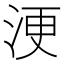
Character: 浭